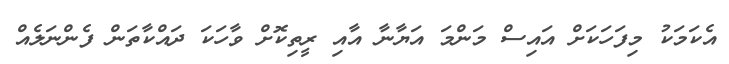
އެކަމަކު މިފަހަކަށް އައިސް މަންމަ އަޔާނާ އާއި ރީތިކޮށް ވާހަކަ ދައްކާތަން ފެންނަލެއް